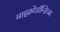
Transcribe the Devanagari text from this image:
माइक्रोडॉन्शिज्म